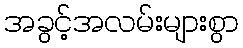
အခွင့်အလမ်းများစွာ